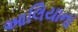
આલિયાના